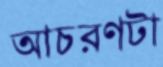
আচরণটা